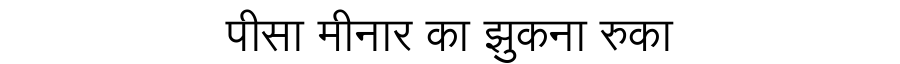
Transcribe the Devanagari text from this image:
पीसा मीनार का झुकना रुका